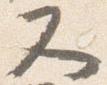
又